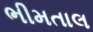
ભીમતાલ